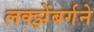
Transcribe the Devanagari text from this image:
लक्झेंबर्गने